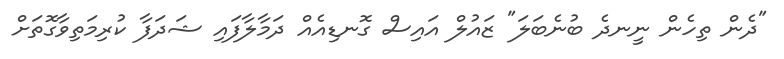
"ދެން ތިހެން ނީނދެ ބުނެބަލަ" ޒައުލް އައިސް ގޮނޑިއެއް ދަމާލާފައި ޝަދަފާ ކުރިމަތިވާގޮތަށް